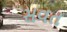
સવત